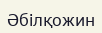
Әбілқожин